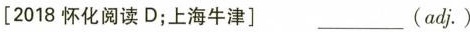
[2018怀化阅读D;上海牛津]___ ( adji)